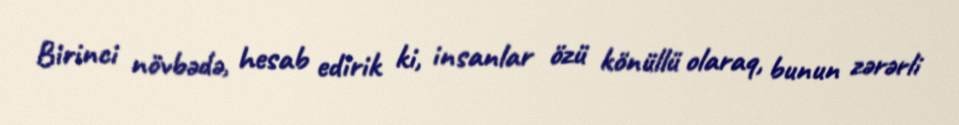
Birinci növbədə, hesab edirik ki, insanlar özü könüllü olaraq, bunun zərərli